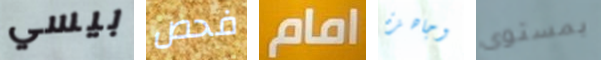
بيسي فحص امام وجاهزة بمستوى